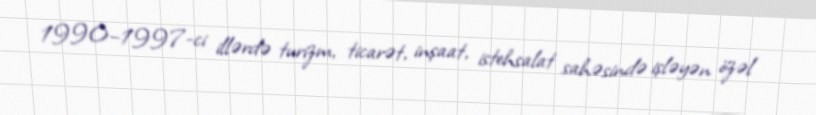
1990–1997-ci illərdə turizm, ticarət, inşaat, istehsalat sahəsində işləyən özəl